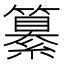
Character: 纂